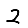
Digit: 2